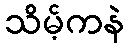
သိမ့်ကနဲ